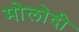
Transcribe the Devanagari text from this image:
मोलोदी